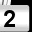
Digit: 2